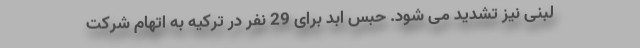
لبنی نیز تشدید می شود. حبس ابد برای 29 نفر در ترکیه به اتهام شرکت